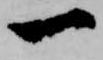
一